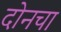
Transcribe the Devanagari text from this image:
दोनचा